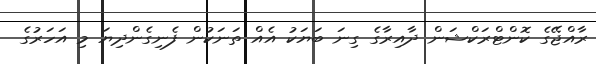
ރާއްޖޭގެ ކޮންޓްރަކްޝަން ދާއިރާގެ ގިނަ ބަޔަކު އެއް ތަނަކުން ފެނިގެންދިޔަ މި އަހަރުގެ